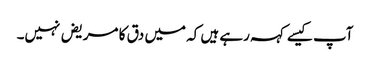
آپ کیسے کہہ رہے ہیں کہ میں دق کا مریض نہیں۔